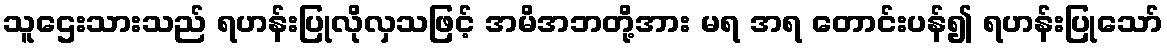
သူဌေးသားသည် ရဟန်းပြုလိုလှသဖြင့် အမိအဘတို့အား မရ အရ တောင်းပန်၍ ရဟန်းပြုသော်